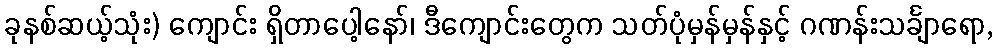
ခုနစ်ဆယ့်သုံး) ကျောင်း ရှိတာပေါ့နော်၊ ဒီကျောင်းတွေက သတ်ပုံမှန်မှန်နှင့် ဂဏန်းသင်္ချာရော,